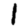
Digit: 1